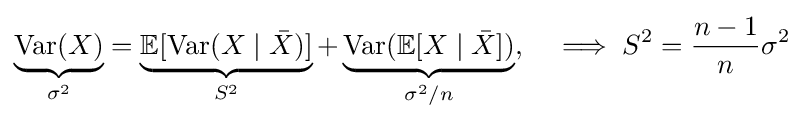
\underbrace {\operatorname {Var} (X)} _{\sigma ^{2}}=\underbrace {\mathbb {E} [\operatorname {Var} (X\mid {\bar {X}})]} _{S^{2}}+\underbrace {\operatorname {Var} (\mathbb {E} [X\mid {\bar {X}}])} _{\sigma ^{2}/n},\quad \implies S^{2}={\frac {n-1}{n}}\sigma ^{2}